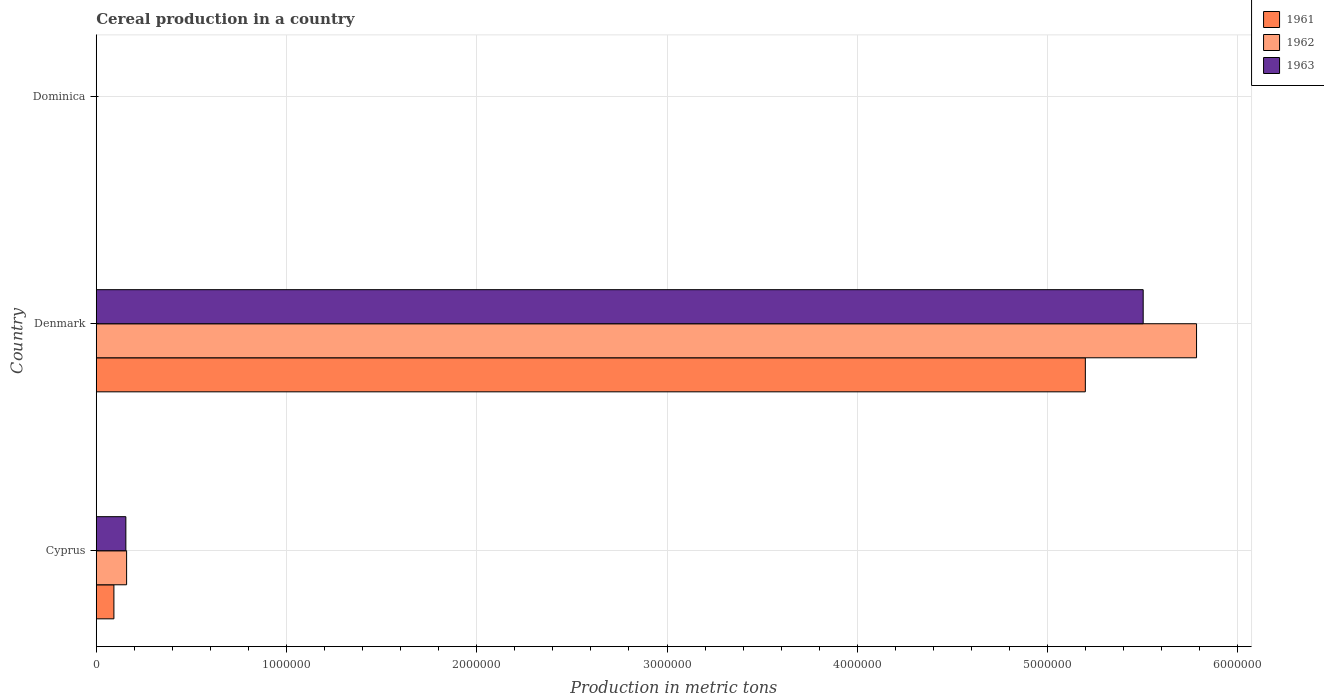
| Country | 1961 | 1962 | 1963 |
 | --- | --- | --- | --- |
 | Cyprus | 9.28e+04 | 1.6e+05 | 1.56e+05 |
 | Denmark | 5.2e+06 | 5.78e+06 | 5.5e+06 |
 | Dominica | 130 | 130 | 140 |